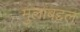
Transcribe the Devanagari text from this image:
मुलाबद्दल